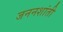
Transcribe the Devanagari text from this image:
जननशांती